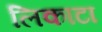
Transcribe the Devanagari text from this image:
लिकाटा